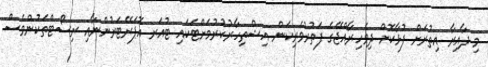
މި ދާއިރާ އިތުރަށް ފުޅާކޮށް ދިވެހިރާއްޖޭގެ ފަތުރުވެރިކަން އިޝްތިހާރުކުރުމަށްޓަކައި ޓުއަރ އޮޕަރޭޓަރުންނާއި ރިސޯޓްތަކުންވެސް